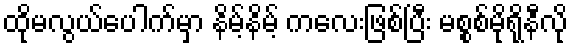
ထိုမလွယ်ပေါက်မှာ နိမ့်နိမ့် ကလေးဖြစ်ပြီး မစ္စစ်မိုရိုနီလို